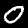
Digit: 0